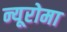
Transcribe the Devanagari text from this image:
न्यूरोमा